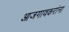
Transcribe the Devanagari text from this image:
आजगावकरांना